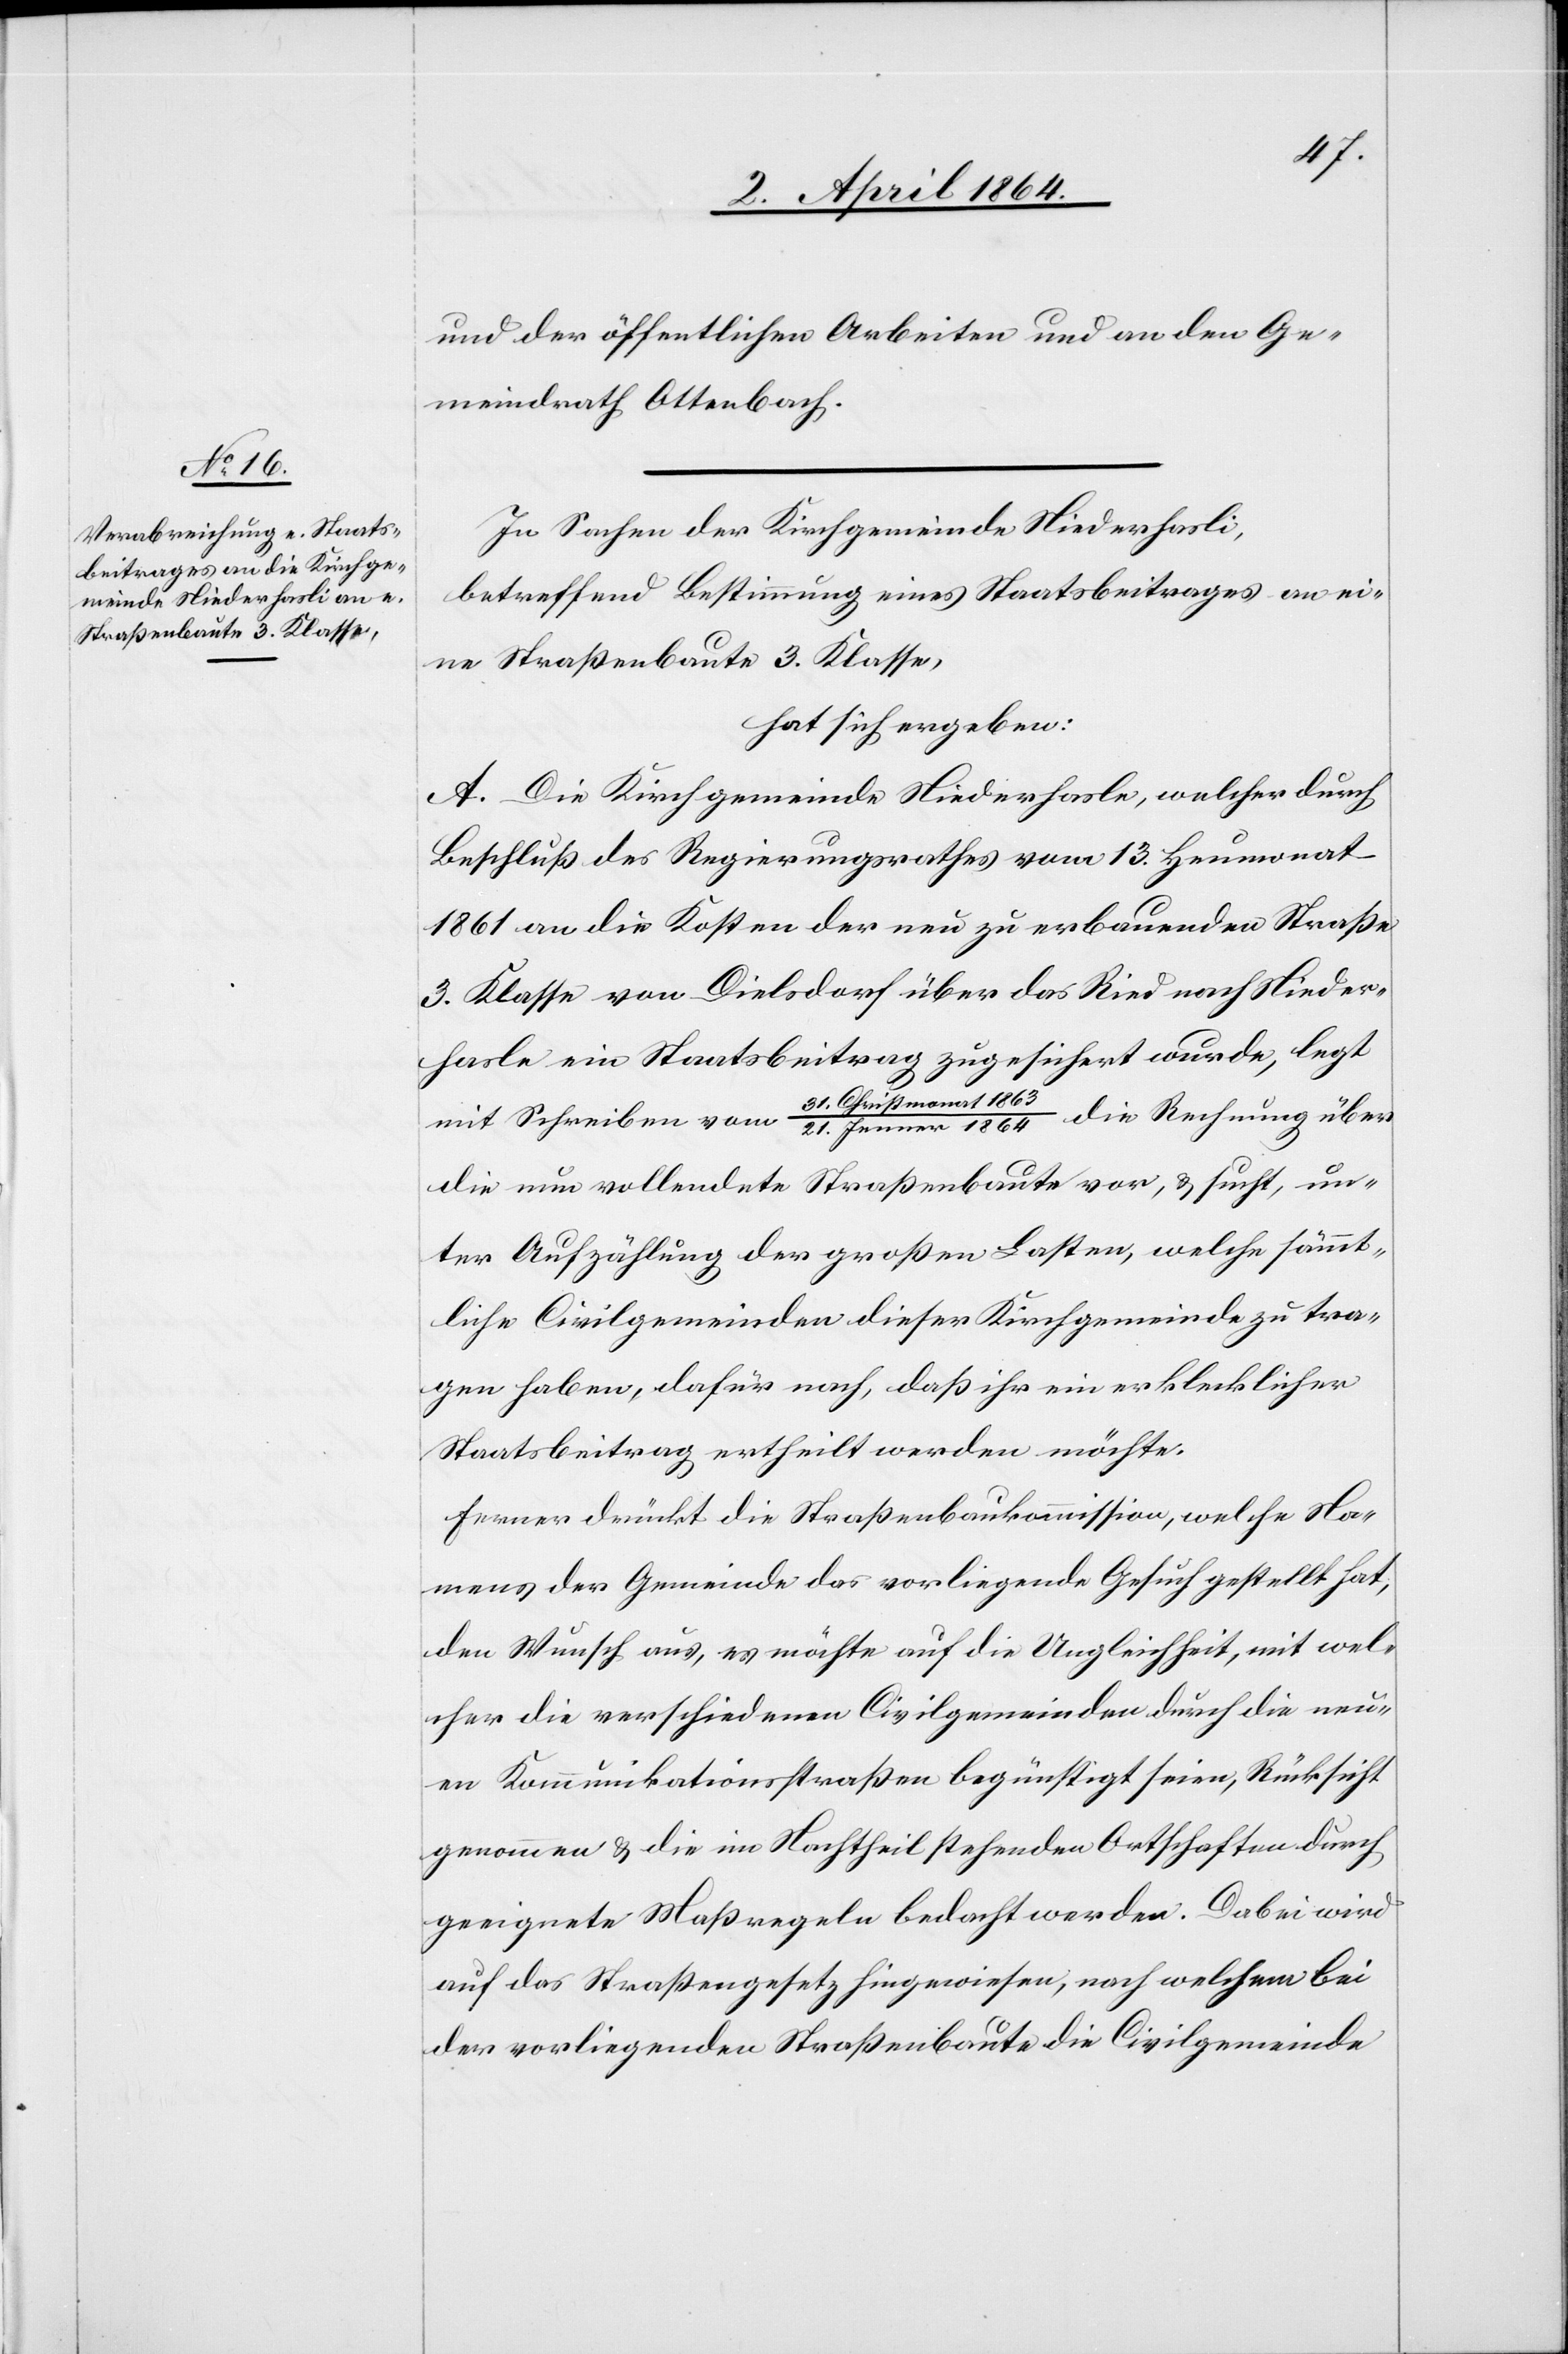
und der öffentlichen Arbeiten und an den Ge¬
meindrath Ottenbach.
In Sachen der Kirchgemeinde Niederhasli,
betreffend Bestimmung eines Staatsbeitrages an ei¬
ne Straßenbaute 3. Klasse,
hat sich ergeben:
A. Die Kirchgemeinde Niederhasli, welcher durch
Beschluß des Regierungsrathes vom 13. Heumonat
1861 an die Kosten der neu zu erbauenden Straße
3. Klasse von Dielsdorf über das Ried nach Nieder¬
hasle ein Staatsbeitrag zugesichert wurde, legt
Jenner
1864 die Rechnung über
mit Schreiben vom 31. Chri¬
die neu vollendete Straßenbaute vor, u. sucht, un¬
ter Aufzählung der großen Lasten, welche sämmt¬
liche Civilgemeinden dieser Kirchgemeinde zu tra¬
gen haben, dafür nach, daß ihr ein erklecklicher
Staatsbeitrag ertheilt werden möchte.
Ferner drückt die Straßenbaukommission, welche Na¬
mens der Gemeinde das vorliegende Gesuch gestellt hat,
den Wunsch aus, es möchte auf die Ungleichheit, mit wel¬
cher die verschiedenen Civilgemeinden durch die neu¬
en Kommunikationsstraßen begünstigt seien, Rücksicht
genommen u. die im Nachtheil stehenden Ortschaften durch
geeignete Maßregeln bedacht werden. Dabei wird
auf das Straßengesetz hingewiesen, nach welchem bei
der vorliegenden Straßenbaute die Civilgemeinde